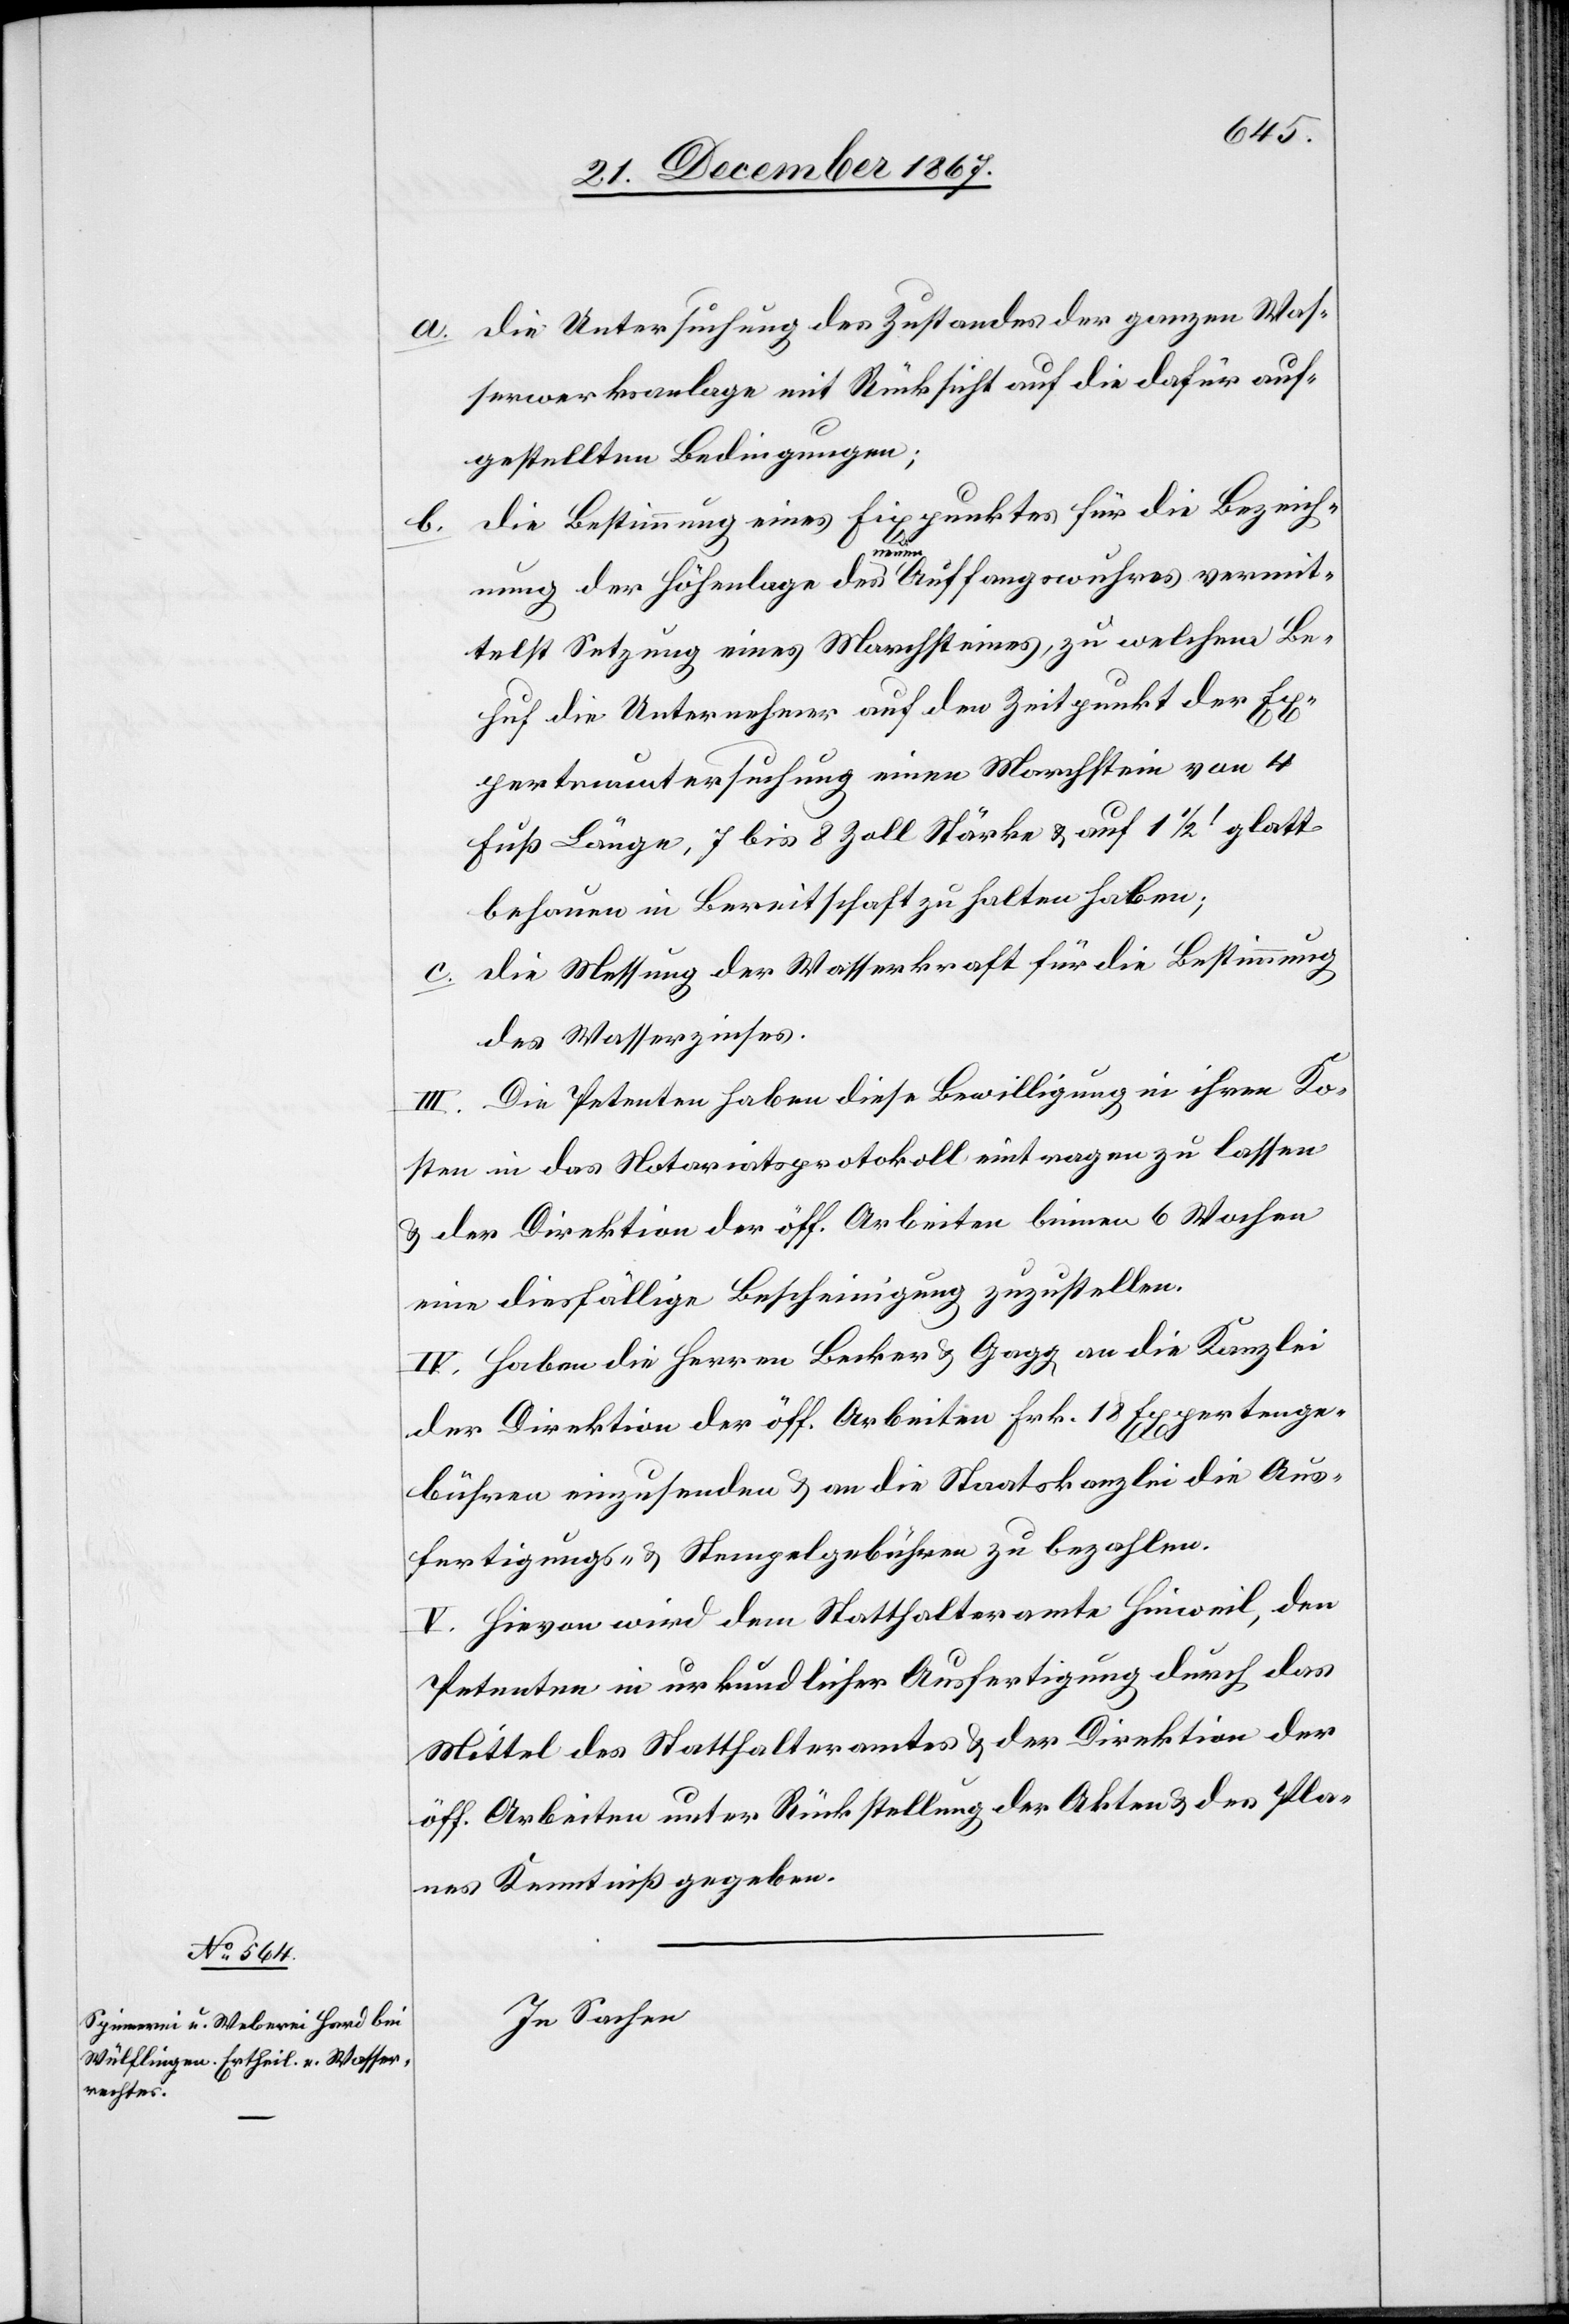
a. die Untersuchung des Zustandes der ganzen Was¬
serwerksanlage mit Rücksicht auf die dafür auf¬
gestellten Bedingungen;
b. die Bestimmung eines Fixpunktes für die Bezeich¬
nung der Höhenlage des neuen Auffangswuhres vermit¬
telst Setzung eines Marchsteines, zu welchem Be¬
huf die Unternehmer auf den Zeitpunkt der Ex¬
pertenuntersuchung einen Marchstein von 4
Fuß Länge, 7 bis 8 Zoll Stärke u. auf 1½‘ glatt
behauen in Bereitschaft zu halten haben;
c. die Messung der Wasserkraft für die Bestimmung
des Wasserzinses.
III. Die Petenten haben diese Bewilligung in ihren Ko¬
sten in das Notariatsprotokoll eintragen zu lassen
u. der Direktion der öff. Arbeiten binnen 6 Wochen
eine diesfällige Bescheinigung zuzustellen.
IV. Haben die Herren Becker u. Gagg an die Kanzlei
der Direktion der öff. Arbeiten Frk. 18 Expertenge¬
bühren einzusenden u. an die Staatskanzlei die Aus¬
fertigungs- u. Stempelgebühren zu bezahlen.
V. Hievon wird dem Statthalteramte Hinweil, den
Petenten in urkundlicher Ausfertigung durch das
Mittel des Statthalteramtes u. der Direktion der
öff. Arbeiten unter Rückstellung der Akten u. des Pla¬
nes Kenntniß gegeben.
In Sachen